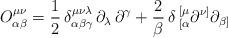
LaTeX: \begin{align*}O^{\mu\nu}_{\alpha\beta}={1\over2}\,\delta^{\mu\nu\lambda}_{\alpha\beta\gamma}\,\partial_\lambda\,\partial^\gamma+{2\over\beta}\,\delta\,^{[\mu}_{[\alpha}\partial^{\nu]}\partial_{\beta]}\end{align*}